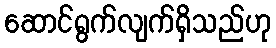
ဆောင်ရွက်လျက်ရှိသည်ဟု